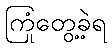
ကြုံတွေ့ခဲ့ရ